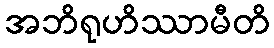
အဘိရုဟိဿာမီတိ